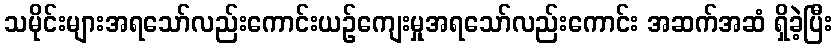
သမိုင်းများအရသော်လည်းကောင်းယဉ်ကျေးမှုအရသော်လည်းကောင်း အဆက်အဆံ ရှိခဲ့ပြီး